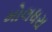
મોલધરા